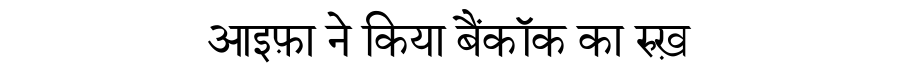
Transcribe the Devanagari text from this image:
आइफ़ा ने किया बैंकॉक का रुख़